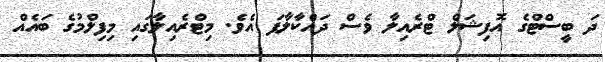
ދަ ބީސްޓްގެ އޮފިޝަލް ޓްރެއިލާ ވެސް ދައްކާލާފަ އެވެ. މިޓްރެއިލާގައި މިފިލްމުގެ ބައެއް